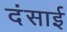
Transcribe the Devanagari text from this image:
दंसाई